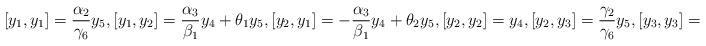
LaTeX: \begin{align*}[y_1, y_1]=\frac{\alpha_2}{\gamma_6}y_5, [y_1, y_2]=\frac{\alpha_3}{\beta_1}y_4+ \theta_1y_5, [y_2, y_1]=-\frac{\alpha_3}{\beta_1}y_4+\theta_2y_5, [y_2, y_2]=y_4, [y_2, y_3]=\frac{\gamma_2}{\gamma_6}y_5, [y_3, y_3]=y_5.\end{align*}